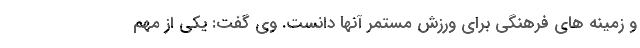
و زمینه های فرهنگی برای ورزش مستمر آنها دانست. وی گفت: یکی از مهم